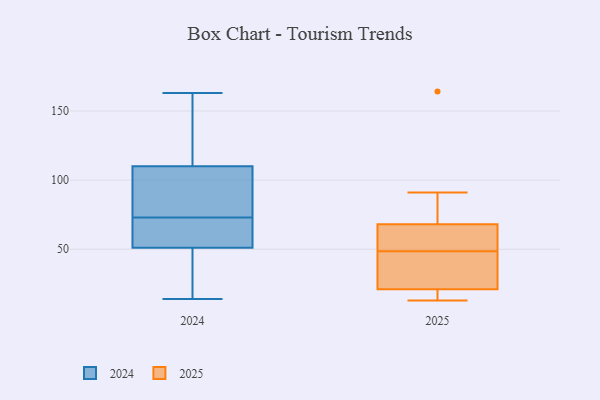
{"axis": {"x": "Active Users", "y": "Value"}, "legend": ["2024", "2025"], "data": [{"x": "", "y": 28, "type": "2025"}, {"x": "", "y": 21, "type": "2025"}, {"x": "", "y": 50, "type": "2025"}, {"x": "", "y": 56, "type": "2025"}, {"x": "", "y": 91, "type": "2025"}, {"x": "", "y": 19, "type": "2025"}, {"x": "", "y": 13, "type": "2025"}, {"x": "", "y": 164, "type": "2025"}, {"x": "", "y": 68, "type": "2025"}, {"x": "", "y": 47, "type": "2025"}, {"x": "", "y": 16, "type": "2024"}, {"x": "", "y": 58, "type": "2024"}, {"x": "", "y": 81, "type": "2024"}, {"x": "", "y": 122, "type": "2024"}, {"x": "", "y": 121, "type": "2024"}, {"x": "", "y": 85, "type": "2024"}, {"x": "", "y": 72, "type": "2024"}, {"x": "", "y": 110, "type": "2024"}, {"x": "", "y": 14, "type": "2024"}, {"x": "", "y": 74, "type": "2024"}, {"x": "", "y": 163, "type": "2024"}, {"x": "", "y": 43, "type": "2024"}, {"x": "", "y": 51, "type": "2024"}, {"x": "", "y": 57, "type": "2024"}]}